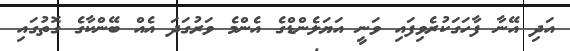
އަދި އޭނާ ފާހަގަކުރެވިފައި ވަނީ އަޔަލެންޑްގެ އެންމެ ވަރުގަދަ އެއް ބޭންކާގެ ގޮތުގައި